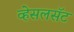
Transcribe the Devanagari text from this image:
व्हेसलसॅट